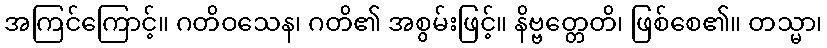
အကြင်ကြောင့်။ ဂတိဝသေန၊ ဂတိ၏ အစွမ်းဖြင့်။ နိဗ္ဗတ္တေတိ၊ ဖြစ်စေ၏။ တသ္မာ၊